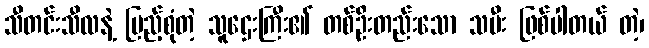
သီတင်းသီလနဲ့ ပြည့်စုံတဲ့ သူဌေးကြီး၏ တစ်ဦးတည်းသော သမီး ဖြစ်ပါတယ် တဲ့၊